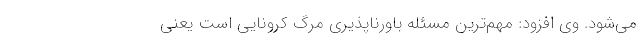
می‌شود. وی افزود: مهم‌ترین مسئله باورناپذیری مرگ کرونایی است یعنی